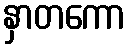
နှာတကော